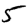
Digit: 5